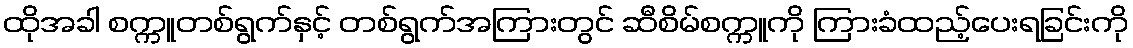
ထိုအခါ စက္ကူတစ်ရွက်နှင့် တစ်ရွက်အကြားတွင် ဆီစိမ်စက္ကူကို ကြားခံထည့်ပေးရခြင်းကို